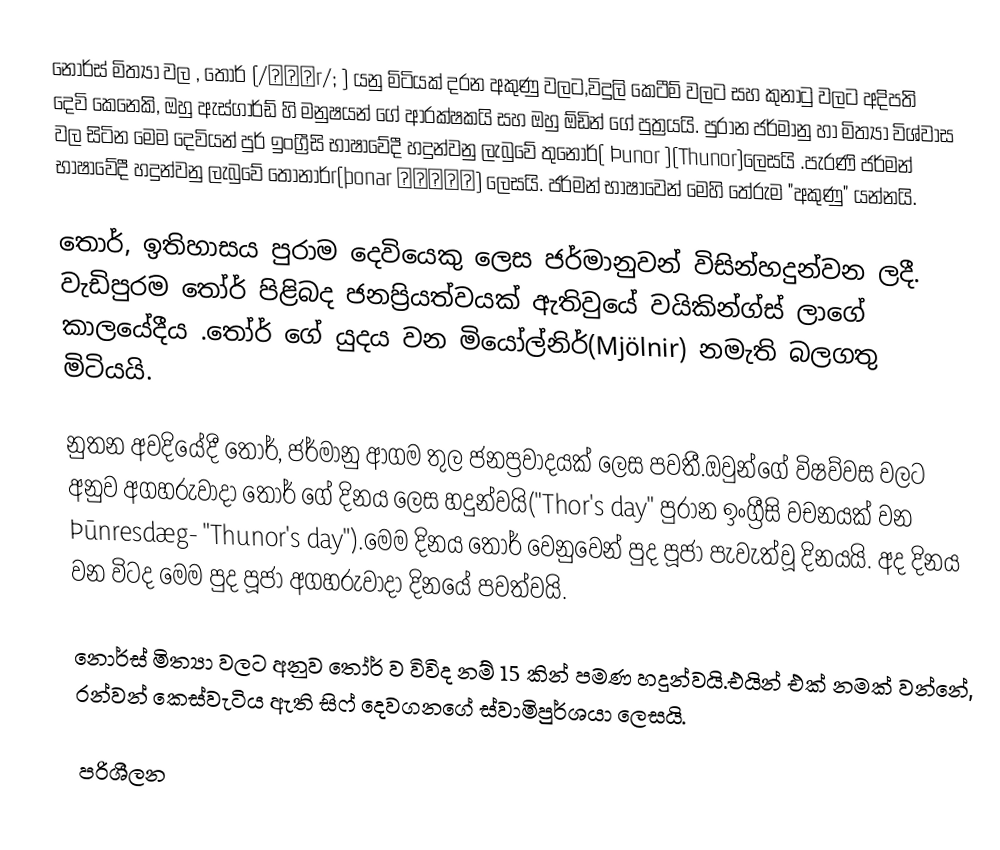
නොර්ස් මිත්‍යා වල , තෝර් (/θɔːr/; ) යනු මිටියක් දරන අකුණු වලට,විදුලි කෙටීම් වලට සහ කුනාටු වලට අදිපති දෙවි කෙනෙකි, ඔහු ඇස්ගාර්ඩ් හි මනුෂයන් ගේ ආරක්ෂකයි සහ ඔහු ඕඩින් ගේ පුත්‍රයයි. පුරාන ජර්මානු හා මිත්‍යා විශ්වාස වල සිටින මෙම දෙවියන් පුර් ඉංග්‍රීසි භාෂාවේදී හදුන්වනු ලැබුවේ තුනොර්( Þunor )(Thunor)ලෙසයි .පැරණි ජර්මන් භාෂාවේදී හදුන්වනු ලැබුවේ තොනාර්r(þonar ᚦᛟᚾᚨᚱ) ලෙසයි. ජර්මන් භාෂාවෙන් මෙහි තේරුම "අකුණු" යන්නයි.

තොර්, ඉතිහාසය පුරාම දෙවියෙකු ලෙස ජර්මානුවන් විසින්හදුන්වන ලදී. වැඩිපුරම තෝර් පිළිබද ජනප්‍රියත්වයක් ඇතිවුයේ වයිකින්ග්ස් ලාගේ කාලයේදීය .තෝර් ගේ යුදය වන මියෝල්නිර්(Mjölnir) නමැති බලගතු මිටියයි.

නුතන අවදියේදී තෝර්, ජර්මානු ආගම තුල ජනප්‍රවාදයක් ලෙස පවතී.ඔවුන්ගේ විෂව්වස වලට අනුව අගහරුවාදා තෝර් ගේ දිනය ලෙස හදුන්වයි("Thor's day" පුරාන ඉංග්‍රීසි වචනයක් වන Þūnresdæg- "Thunor's day").මෙම දිනය තෝර් වෙනුවෙන් පුද පූජා පැවැත්වූ දිනයයි. අද දිනය වන විටද මෙම පුද පූජා අගහරුවාදා දිනයේ පවත්වයි.

නොර්ස් මිත්‍යා වලට අනුව තෝර් ව විවිද නම් 15 කින් පමණ හදුන්වයි.එයින් එක් නමක් වන්නේ, රන්වන් කෙස්වැටිය ඇති සිෆ් දෙවගනගේ ස්වාමිපුර්ශයා ලෙසයි.

පරිශීලන